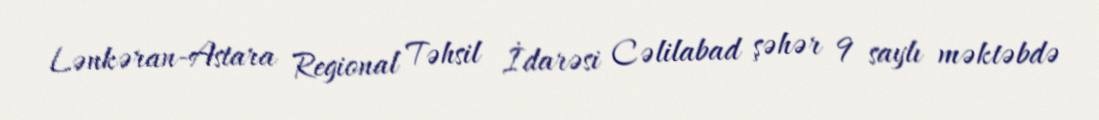
Lənkəran-Astara Regional Təhsil İdarəsi Cəlilabad şəhər 9 saylı məktəbdə